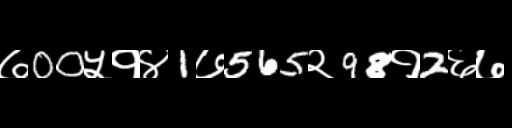
Text: ७00५१४1७565२98१2६७